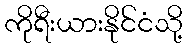
ကိုရီးယားနိုင်ငံသို့